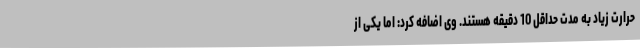
حرارت زیاد به مدت حداقل 10 دقیقه هستند. وی اضافه کرد: اما یکی از